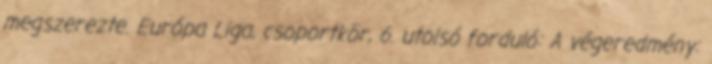
megszerezte. Európa Liga, csoportkör, 6. utolsó forduló: A végeredmény: